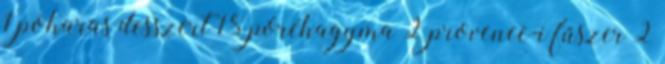
1 poharas desszert 18 póréhagyma 2 provence-i fűszer 2